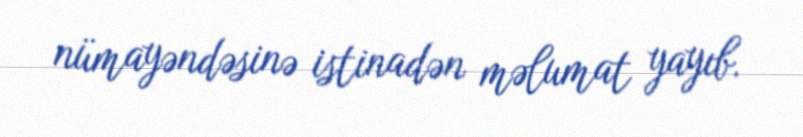
nümayəndəsinə istinadən məlumat yayıb.